Calcutta medical institutions reports 1892-1900
Year: 1892
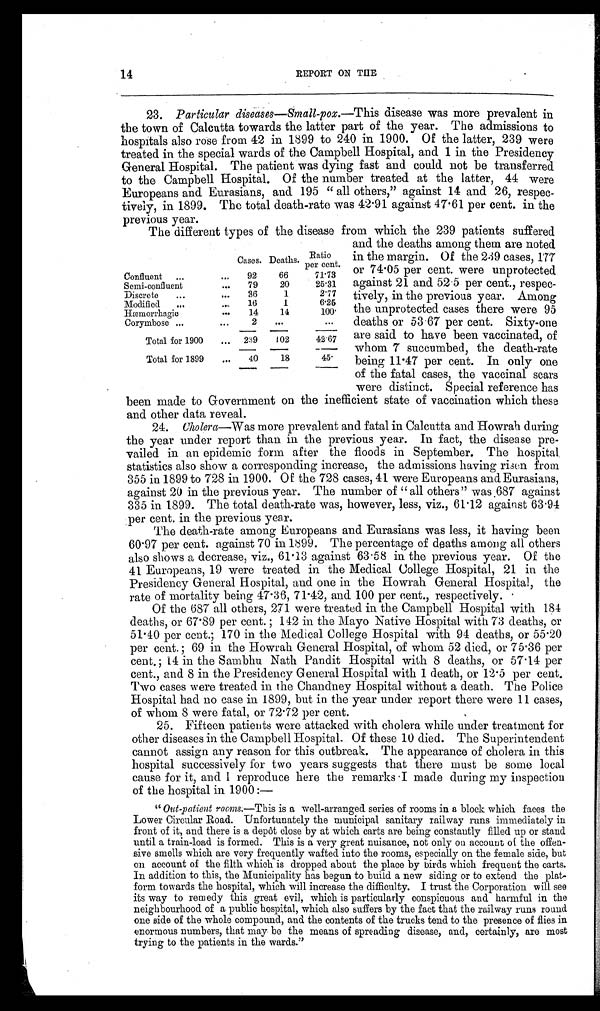
14
REPORT ON THE
23. Particular diseases—Small-pox.— This disease was more prevalent in
the town of Calcutta towards the latter part of the year. The admissions to
hospitals also rose from 42 in 1899 to 240 in 1900. Of the latter, 239 were
treated in the special wards of the Campbell Hospital, and 1 in the Presidency
General Hospital. The patient was dying fast and could not be transferred
to the Campbell Hospital. Of the number treated at the latter, 44 were
Europeans and Eurasians, and 195 "all others," against 14 and 26, respec--
tively, in 1899. The total death-rate was 42.91 against 47.61 per cent. in the
previous year.
The different types of the disease from which the 239 patients suffered
Cases. Deaths. Ratio
per cent.
Confluent
92
66
71.73
Semi-confluent
79
20
25.31
Discrete
36
1
2.77
Modified
16
1
6.25
Hæmorrhagic
14
1 4
100
Corymbose
2
. . .
Total for 1900
239
102
42.67
Total for 1899
40
18
45
and the deaths among them are noted
in the margin. Of the 239 cases, 177
or 74.05 per cent. were unprotected
against 21 and 52.5 per cent., respec
-tively, in the previous year. Among
the unprotected cases there were 95
deaths or 53.67 per cent. Sixty-one
are said to have been vaccinated, of
whom 7 succumbed, the death-rate
being 11.47 per cent. In only one
of the fatal cases, the vaccinal scars
were distinct. Special reference has
been made to Government on the inefficient state of vaccination which these
and other data reveal.
24. Cholera—Was more prevalent and fatal in Calcutta and Howrah during
the year under report than in the previous year. In fact, the disease pre
-vailed in an epidemic form after the floods in September. The hospital
statistics also show a corresponding increase, the admissions having risen from
355 in 1899 to 728 in 1900. Of the 728 cases, 41 were Europeans and Eurasians,
against 20 in the previous year. The number of "all others" was 687 against
335 in 1899. The total death-rate was, however, less, viz., 61.12 against 63.94
per cent. in the previous year.
The death-rate among Europeans and Eurasians was less, it having been
60.97 per cent. against 70 in 1899. The percentage of deaths among all others
also shows a decrease, viz., 61.13 against 63.58 in the previous year. Of the
41 Europeans, 19 were treated in the Medical College Hospital, 21 in the
Presidency General Hospital, and one in the Howrah General Hospital, the
rate of mortality being 47.36, 71.42, and 100 per cent., respectively.
Of the 687 all others, 271 were treated in the Campbell Hospital with 184
deaths, or 67.89 per cent. ; 142 in the Mayo Native Hospital with 73 deaths, or
51.40 per cent.; 170 in the Medical College Hospital with 94 deaths, or 55.20
per cent. ; 69 in the Howrah General Hospital, of whom 52 died, or 75.36 per
cent.; 14 in the Sambhu Nath Pandit Hospital with 8 deaths, or 57.14 per
cent., and 8 in the Presidency General Hospital with 1 death, or 12.5 per cent.
Two cases were treated in the Chandney Hospital without a death. The Police
Hospital had no case in 1899, but in the year under report there were 11 cases,
of whom 8 were fatal, or 72.72 per cent.
25. Fifteen patients were attacked with cholera while under treatment for
other diseases in the Campbell Hospital. Of these 10 died. The Superintendent
cannot assign any reason for this outbreak. The appearance of cholera in this
hospital successively for two years suggests that there must be some local
cause for it, and I reproduce here the remarks I made during my inspection
of the hospital in 1900 :—
" Out-patient rooms.—This is a well-arranged series of rooms in a block which faces the
Lower Circular Road. Unfortunately the municipal sanitary railway runs immediately in
front of it, and there is a depôt close by at which carts are being constantly filled up or stand
until a train-load is formed. This is a very great nuisance, not only on account of the offen
-ssive smells which are very frequently wafted into the rooms, especially on the female side, but
on account of the filth which is dropped about the place by birds which frequent the carts.
In addition to this, the Municipality has begun to build a new siding or to extend the plat
-form towards the hospital, which will increase the difficulty. I trust the Corporation will see
its way to remedy this great evil, which is particularly conspicuous and harmful in the
neighbourhood of a public hospital, which also suffers by the fact that the railway runs round
one side of the whole compound, and the contents of the trucks tend to the presence of flies in
enormous numbers, that may be the means of spreading disease, and, certainly, are most
trying to the patients in the wards."